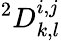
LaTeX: {}^{2}D_{k,l}^{i,j}